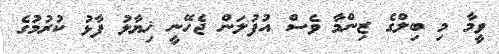
ވީމާ މި ބިލްގެ ޒިންމާ ވެސް އުފުލަން ޖެހޭނީ ޚިޔާލު ފާޅު ކުރުމުގެ